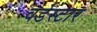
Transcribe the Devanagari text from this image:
वर्डस्‍टार